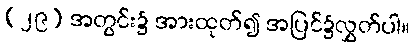
(၂၉) အတွင်း၌ အားထုတ်၍ အပြင်၌လွှတ်ပါ။